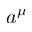
a ^ { \mu }